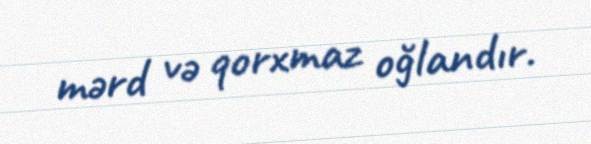
mərd və qorxmaz oğlandır.